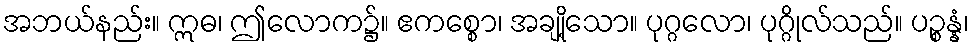
အဘယ်နည်း။ ဣဓ၊ ဤလောက၌။ ဧကစ္စော၊ အချို့သော။ ပုဂ္ဂလော၊ ပုဂ္ဂိုလ်သည်။ ပဉ္စန္နံ၊